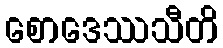
စောဒေဿသီတိ